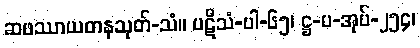
ဆဖဿာယတနသုတ်-သံ။ ပဋိသံ-ပါ-၆၅၊ ဋ္ဌ-ပ-အုပ်-၂၅၄၊